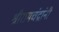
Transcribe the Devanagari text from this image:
श्रीरामचंद्रांनी